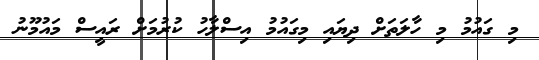
މި ގައުމު މި ހާލަތަށް ދިޔައި މިގައުމު އިސްލާހު ކުރުމަށް ރައީސް މައުމޫނު